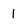
Character: 1